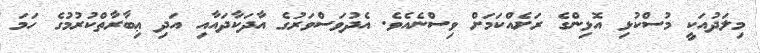
މިލަދުއަކީ މުސްކުޅި އޮޅިންގެ ރަށެއްކަމަށް ވިސްނެއެވެ. އެދުވަސްވަރުގެ އާދަކާދައާއި އަދި ޢިބާރާތްކުރުމުގެ ހަމަ